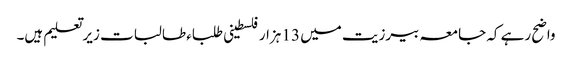
واضح رہے کہ جامعہ بیرزیت میں 13 ہزار فلسطینی طلباء طالبات زیرتعلیم ہیں۔